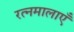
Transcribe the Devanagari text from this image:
रत्नमालाएँ